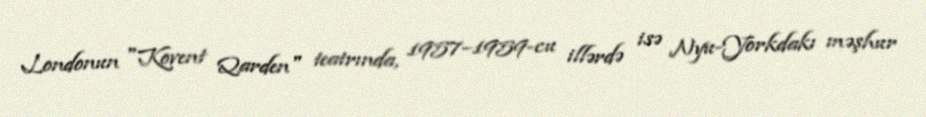
Londonun "Kovent Qarden" teatrında, 1957–1959-cu illərdə isə Nyu-Yorkdakı məşhur